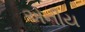
એનીય